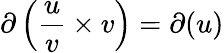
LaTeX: \partial\left({\frac{u}{v}}\times v\right)=\partial(u)